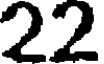
22